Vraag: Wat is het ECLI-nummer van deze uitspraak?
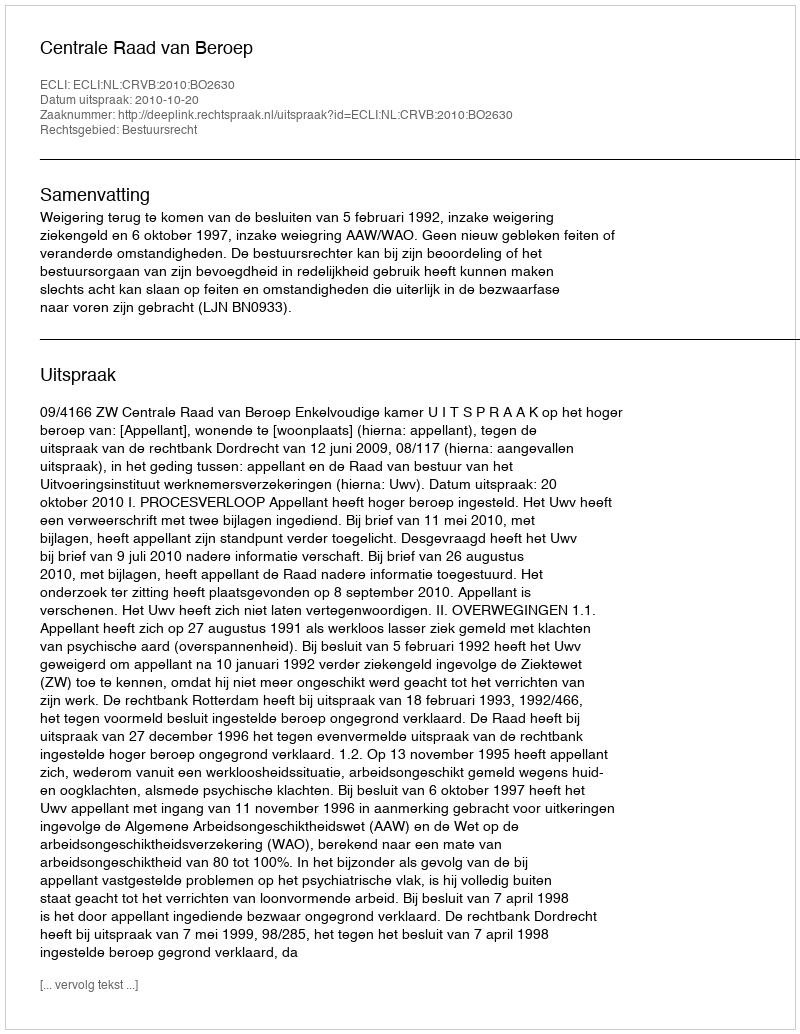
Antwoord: ECLI:NL:CRVB:2010:BO2630